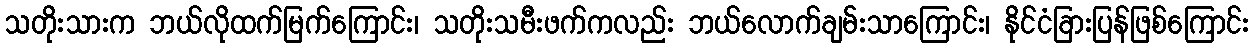
သတိုးသားက ဘယ်လိုထက်မြက်ကြောင်း၊ သတိုးသမီးဖက်ကလည်း ဘယ်လောက်ချမ်းသာကြောင်း၊ နိုင်ငံခြားပြန်ဖြစ်ကြောင်း